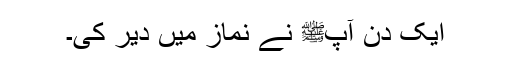
ایک دن آپﷺ نے نماز میں دیر کی۔